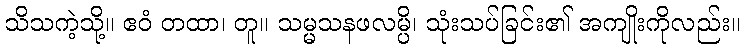
သိသကဲ့သို့။ ဧဝံ တထာ၊ တူ။ သမ္မသနဖလမ္ပိ၊ သုံးသပ်ခြင်း၏ အကျိုးကိုလည်း။